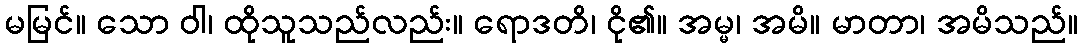
မမြင်။ သော ဝါ၊ ထိုသူသည်လည်း။ ရောဒတိ၊ ငို၏။ အမ္မ၊ အမိ။ မာတာ၊ အမိသည်။